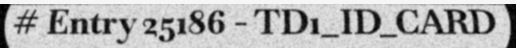
# Entry 25186 - TD1_ID_CARD